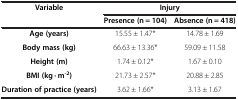
<table><thead><tr><td><b>Variable</b></td><td colspan="2"><b>Injury</b></td></tr><tr><td><b> </b></td><td><b>Presence (n = 104)</b></td><td><b>Absence (n = 418)</b></td></tr></thead><tbody><tr><td><b>Age (years)</b></td><td>15.55 ± 1.47*</td><td>14.78 ± 1.69</td></tr><tr><td><b>Body mass (kg)</b></td><td>66.63 ± 13.36*</td><td>59.09 ± 11.58</td></tr><tr><td><b>Height (m)</b></td><td>1.74 ± 0.12*</td><td>1.67 ± 0.10</td></tr><tr><td><b>BMI (kg · m</b><sup><b>-2</b></sup><b>)</b></td><td>21.73 ± 2.57*</td><td>20.88 ± 2.85</td></tr><tr><td><b>Duration of practice (years)</b></td><td>3.62 ± 1.66*</td><td>3.13 ± 1.67</td></tr></tbody></table>